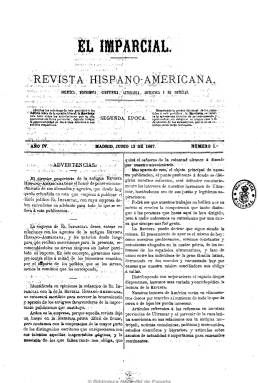
Título: El Imparcial, Revista hispano-americana]
Otros títulos: Imparcial, Revista hispanoamericana || Imparcial, Revista hispano americana
Colección: Revistas de información general
Ámbito geográfico: Madrid
Lugar de publicación: Madrid
Fechas: 13/06/1867-28/12/1867

Ante la situación de los todavía dominios de las Antillas españolas (Cuba y Puerto Rico) y Filipinas, aparece la primera entrega mensual de este periódico, cercano a los progresistas y de carácter reformista, el 10 de noviembre de 1864, y su proclama de autonomía colonial, sus denuncias contra la corrupción administrativa y su radicalismo a favor de la abolición de la esclavitud negra provocará la recogida de su circulación en La Habana y la aparición del semanario La isla de Cuba en defensa del statu quo y financiada por los esclavistas españoles como medio de neutralizar las ideas liberales de la revista.

Después de las tres primeras entregas mensuales, sin numerar y con paginación continuada, que forman su primer tomo con un índice de materias al final, tales circunstancias hacen que esta publicación pase a ser quincenal a partir del 27 de enero de 1865, con el subtítulo: “política, económica, científica y literaria”.

En ella se darán cita una generación de jóvenes nacidos en la década de los treinta, de ideas progresistas, democráticas y republicanas, claramente antiesclavistas. Muchos de éllos realizarán prestigiosas carreras a partir de la Revolución de 1868 en la que participan, como diputados, senadores y ministros, siendo todos de una gran calidad intelectual: jurisconsultos, economistas, sociólogos, profesores, escritores, académicos y periodistas, algunos nacidos en Cuba o Puerto Rico pero que llevan a cabo sus actividades en la metrópoli.

El cubano Antonio Angulo Heredia (1837-1873) será su fundador, editor responsable y director de sus primeras tres entregas, al que se le une como codirector propietario, a partir de enero de 1865, Félix de Bona y García de Tejada (1821-1889). Actúa como secretario de redacción el puertoriqueño y fundador de la Sociedad Abolicionista Española Julio L. Vizcarrondo y Coronado (1829-1889), y a esta pertenecen el cubano José Calixto Bernal y Soto (1804-1886), Cristóbal de Arozarena y Angulo (1832-1865) y José M. Escoriaza. Entre sus colaboradores aparecen Emilio Castelar (1832-1899), Nicolás Salmerón (1838-1908), los cubanos Rafael María de Labra y Cadrana (1840-1918) y Tristán de Jesús Medina y Sánchez (1833-1886), el masón Miguel Morayta Sagrario (1834-1917), Vicente Romero Girón (1835-1900, Luis María Pastor (1810-1872), ), la ilustre escritora Gertrudis Gómez de Avellaneda (1814-1877), Ángel Fernández de los Ríos (1821-1880), que escribió la crónica de la Exposición de París con el seudónimo ‘Un viajero español’, Federico Balart (1831-1905), José Echegaray (1833-1916), Francisco de Paula Canalejas y Casas (1834-1883), el médico Nicolás Alfaro, el senador cubano Andrés Arango, José Antonio Saco, así como Juan P. Guzmán, A.L. Castillo, Juan R. Oses, José R. Izquierdo, José M. Carracon, K. Ronsenkranz y la ‘Hija del Yumurí’.

Incluye artículos sobre la cuestión colonial, así como crónicas de política, economía, historia y literatura tanto de España como de las colonias y de otros países, además de artículos de carácter científico. Se difundía tanto en España como en otras capitales europeas y en las principales ciudades hispanoamericanas. Fue estampado en las imprentas de Galiano, T. Fortanet y Europea.

Julio L. Vizcarrondo, uno de sus fundadores, asume toda su propiedad y dirección y, a partir del 13 de junio de 1867, inicia su segunda época como revista del diario democrático El Imparcial, que había empezado a publicarse el 16 de marzo de ese año, fundado por Eduardo Gasset y Artime (1832-1884), siendo su editor responsable Juan Bautista Padilla, y estampada en la Imprenta de los Sres. Gasset, Loma y Compañía, a cargo de Diego Valero. El último número de la colección es del 28 de diciembre de 1867.